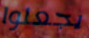
يجعلوا